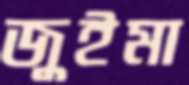
জুইমা